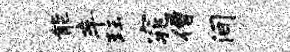
能车珏窕僧间